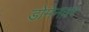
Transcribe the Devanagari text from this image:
डोमेनवर